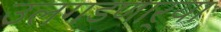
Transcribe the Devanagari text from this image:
उलगडणार्‍या